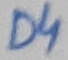
Text: D4